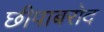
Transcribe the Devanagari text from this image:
छीपाबरोद